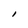
Character: I